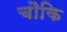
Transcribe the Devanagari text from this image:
चौकि